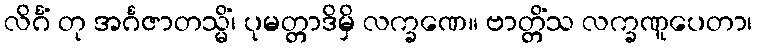
လိင်္ဂံ တု အင်္ဂဇာတသ္မိံ၊ ပုမတ္တာဒိမှိ လက္ခဏေ။ ဗာတ္တိံသ လက္ခဏူပေတာ၊